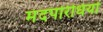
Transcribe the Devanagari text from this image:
मंदपरिधियों